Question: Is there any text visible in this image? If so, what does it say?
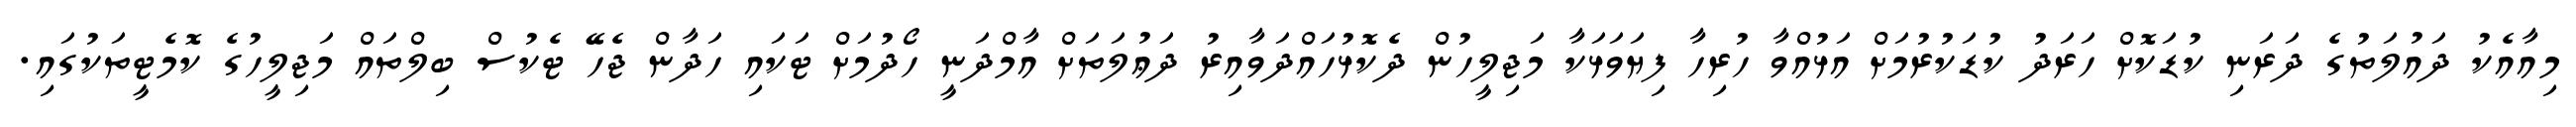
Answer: މިއާއެކު ދައުލަތުގެ ދަރަނި ކުޑަކޮށް ހަރަދު ކުޑަކުރުމަށް އަޅުއްވާ ހުރިހާ ފިޔަވަޅަކާ މަޖިލީހުން ދެކޮޅުހައްދަވާއިރު ދަޢުލަތަށް އާމްދަނީ ހޯދުމަށް ޓަކައި ހަދާން ޖެހޭ ޓެކުސް ބިލްތައް މަޖިލީހުގެ ކޮމެޓީތަކުގައި.